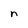
Character: n